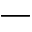
-